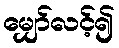
မျှော်လင့်၍